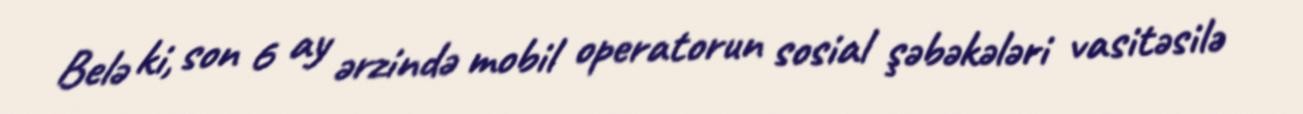
Belə ki, son 6 ay ərzində mobil operatorun sosial şəbəkələri vasitəsilə